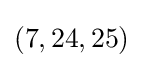
\left(7,24,25\right)